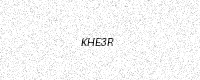
Text: KHE3R